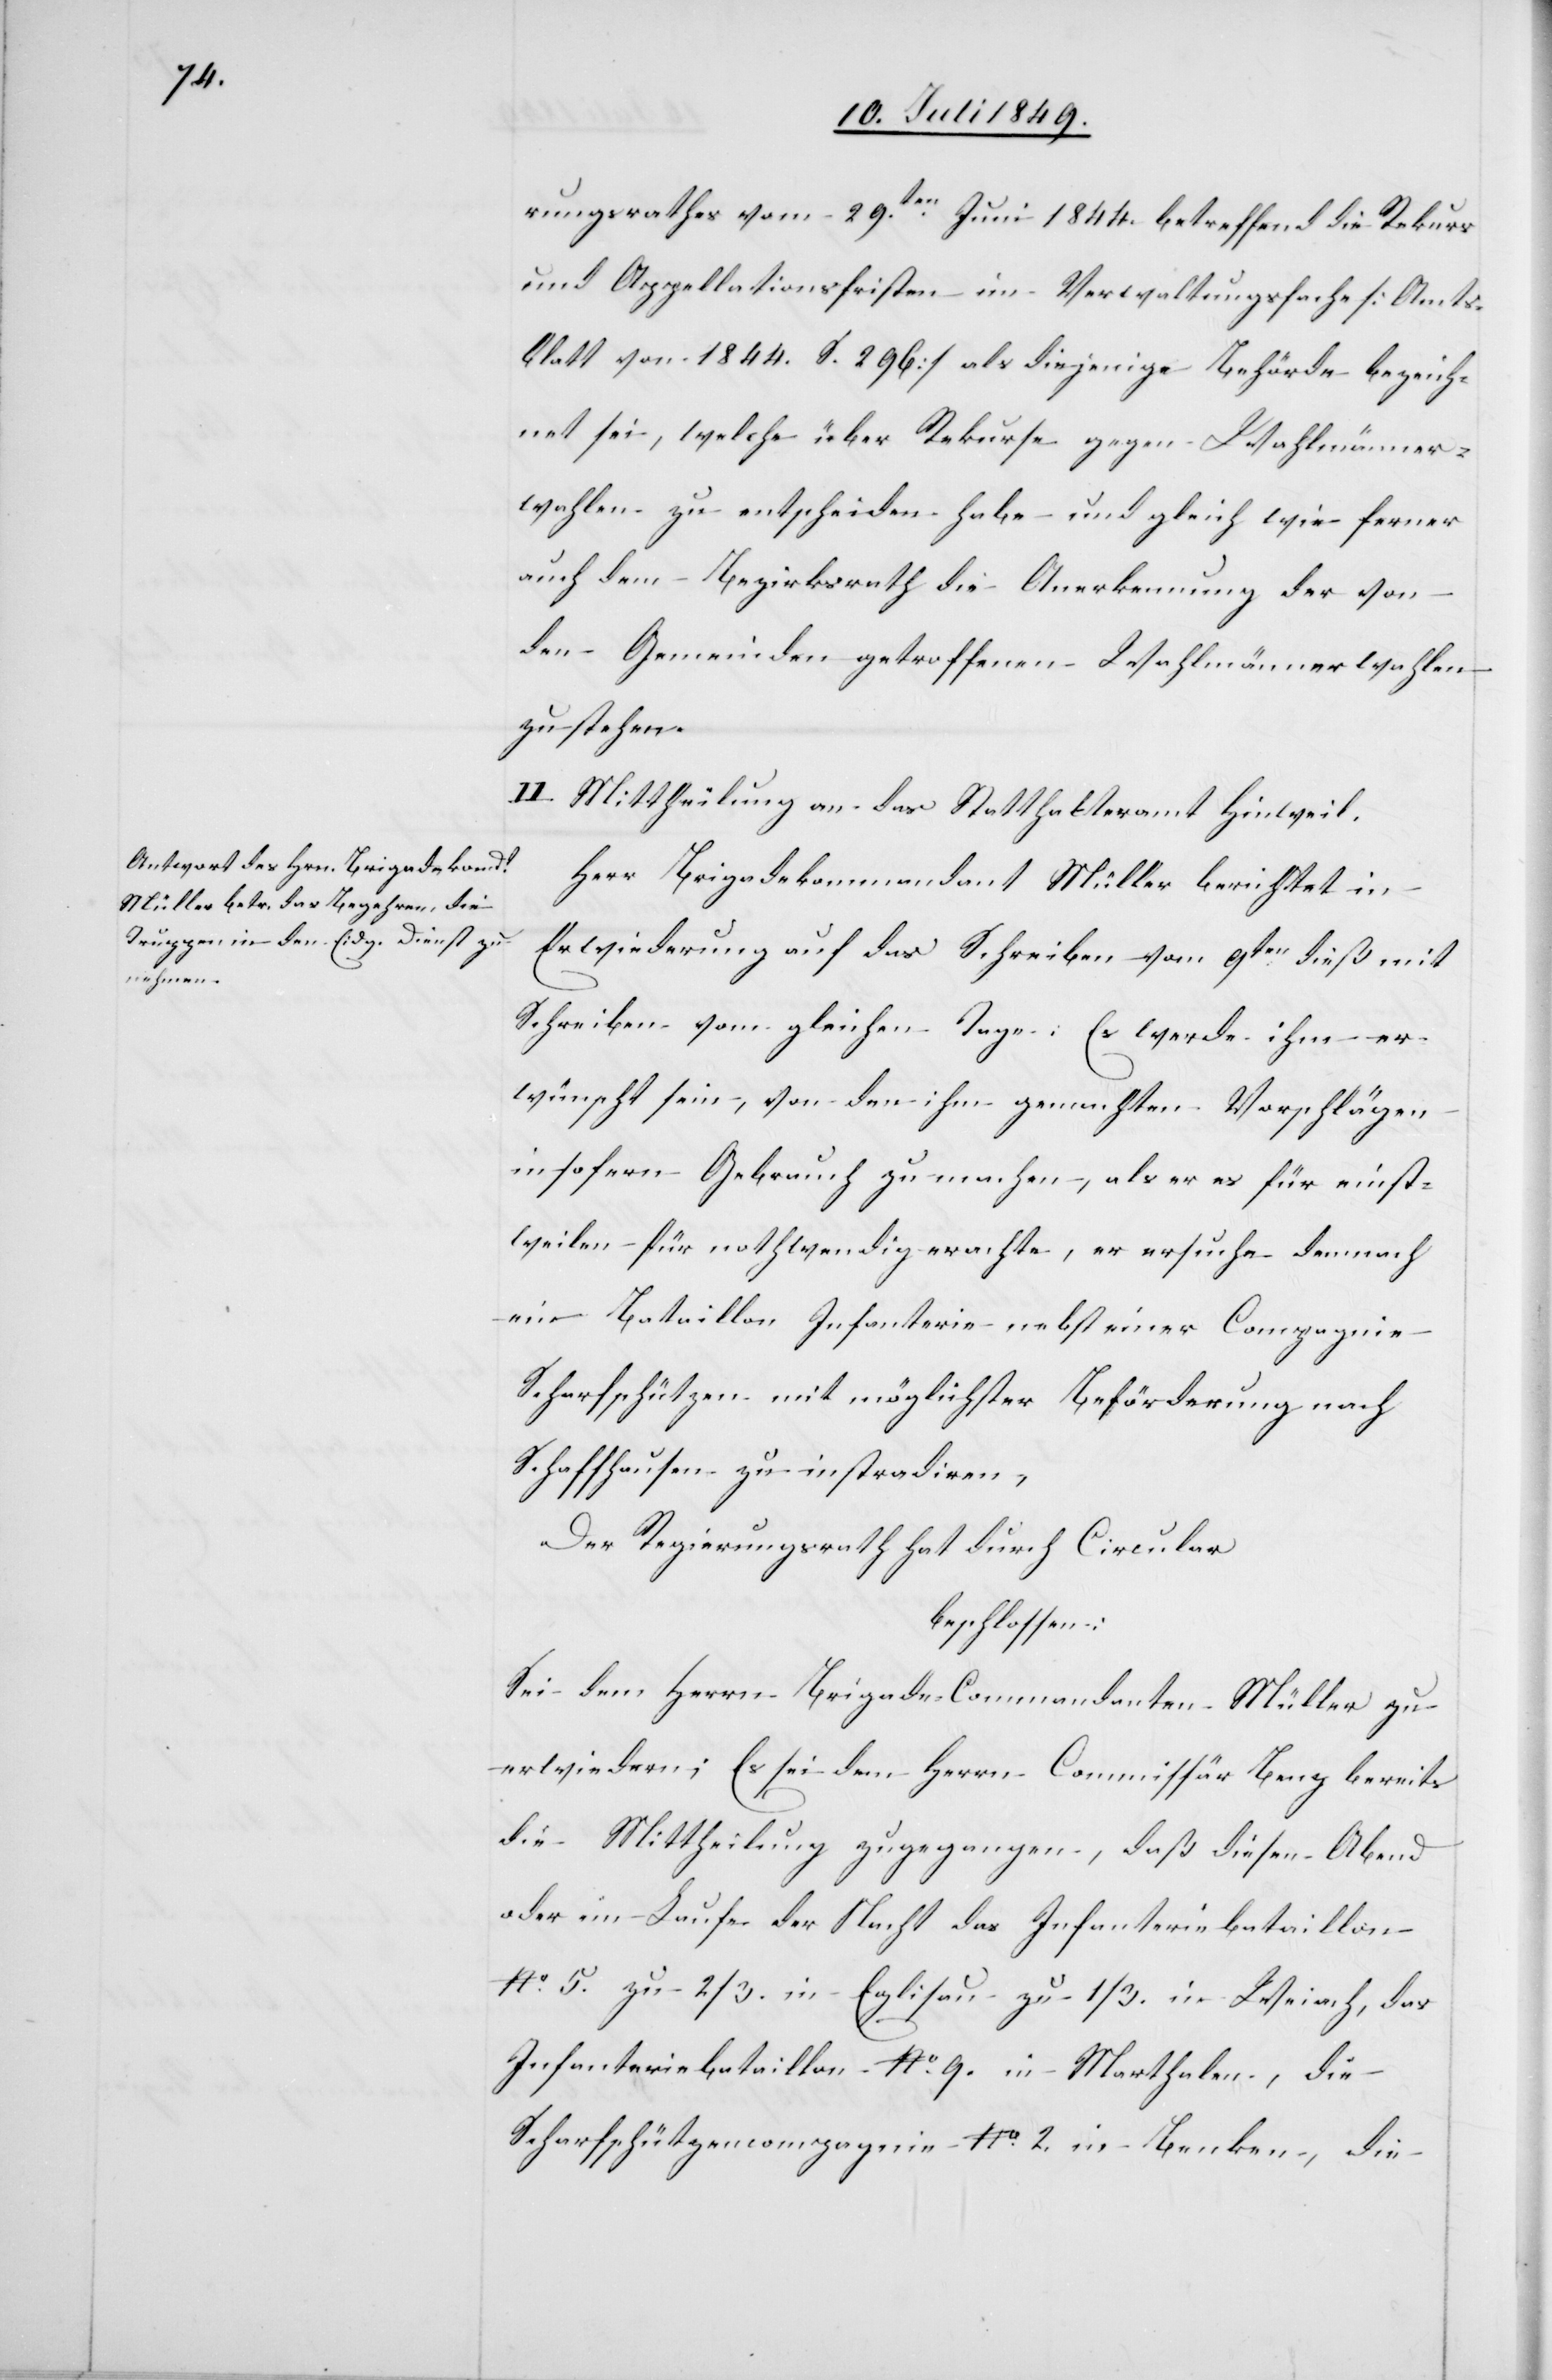
10. Juli 1849.]
Herr Brigadekommandant Müller berichtet in
Erwiederung auf das Schreiben vom 9ten dieß mit
Schreiben vom gleichen Tage: Es werde ihm er¬
wünscht sein, von den ihm gemachten Vorschlägen
insofern Gebrauch zu machen, als er es für einst¬
weilen für nothwendig erachte, er ersuche demnach
ein Bataillon Infanterie nebst einer Compagnie
Scharfschützen mit möglichster Beförderung nach
Schaffhausen zu instradiren,
Der Regierungsrath hat durch Circular
beschlossen:
Sei dem Herrn Brigade-Commandanten Müller zu
erwiedern; Es sei dem Herrn Commissär Benz bereits
die Mittheilung zugegangen, daß diesen Abend
oder im Laufe der Nacht das Infanteriebataillon
No. 5. zu 2/3. in Eglisau zu 1/3. in Weiach, das
Infanteriebataillon No. 9. in Marthalen, die
Scharfschützencompagnie No. 2. in Benken, die